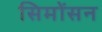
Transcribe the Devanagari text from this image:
सिमोंसन